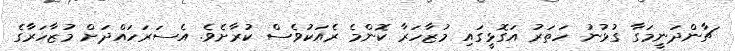
ޗާންދަނީމަގާ ގުޅުނު ހަތަރު އަގޮޅީގައި މުޒާހަރާ ކޮންމެ ރެއަކުވެސް ކުރާށެވެ. އެސަރަހައްދަށް މުޒާހަރާގެ